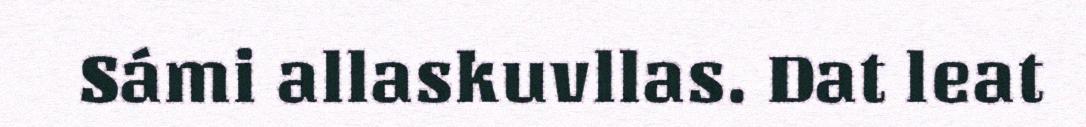
Sámi allaskuvllas. Dat leat